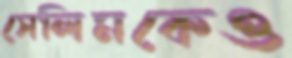
সেলিমকেও